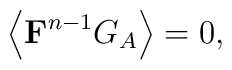
\left\langle\mbox{{\bf F}}^{n-1}G_A\right\rangle =0,